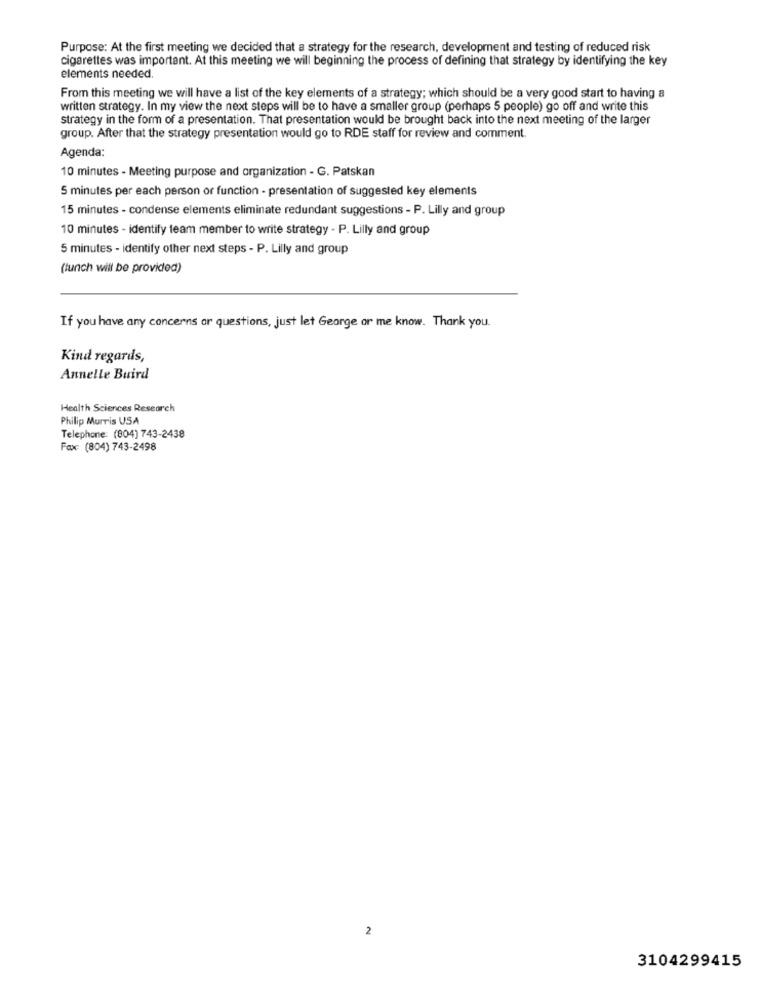
Purpose: At the first meeting we decided that a strategy for the research, development and testing of reduced risk
cigarettes was important. At this meeting we will beginning the process of defining that strategy by identifying the key
elements needed.
From this meeting we will have a list of the key elements of a strategy; which should be a very good start to having a
written strategy. In my view the next steps will be to have a smaller group (perhaps 5 people) go off and write this
strategy in the form of a presentation. That presentation would be brought back into the next meeting of the larger
group. After that the strategy presentation would go to RDE staff for review and comment.
Agenda:
10 minutes - Meeting purpose and organization - G. Patskan
5 minutes per each person or function - presentation of suggested key elements
15 minutes - condense elements eliminate redundant suggestions - P. Lilly and group
10 minutes - identify team member to write strategy - P. Lilly and group
5 minutes - identify other next steps - P. Lilly and group
(lunch will be provided)
If you have any concerns ar questions, just let George or me know. Thank you.
Kind regards,
Annelle Buird
Health Sciences Research
Philip Morris USA
Telephone: (804) 743-2438
Fax: (804) 743-2498
2
3104299415